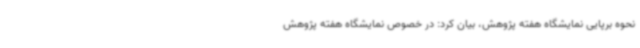
نحوه برپایی نمایشگاه هفته پژوهش، بیان کرد: در خصوص نمایشگاه هفته پژوهش